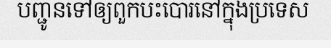
បញ្ជូនទៅឲ្យពួកបះបោរនៅក្នុងប្រទេស